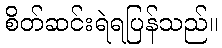
စိတ်ဆင်းရဲရပြန်သည်။